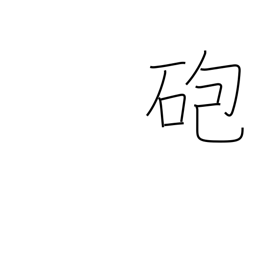
Meaning: cannon